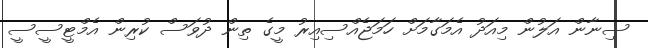
ސިނާން އަލުން މިއަދު އެމަގާމަށް ހަމަޖެއްސިއިރު މީގެ ތިން ދުވަސް ކުރިން އެމްޓީސީސީ